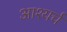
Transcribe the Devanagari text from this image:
आश्यर्च